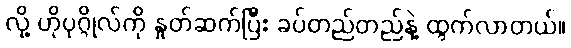
လို့ ဟိုပုဂ္ဂိုလ်ကို နှုတ်ဆက်ပြီး ခပ်တည်တည်နဲ့ ထွက်လာတယ်။